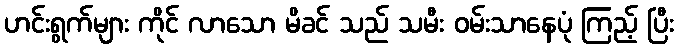
ဟင်းရွက်များ ကိုင် လာသော မိခင် သည် သမီး ဝမ်းသာနေပုံ ကြည့် ပြီး